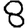
Digit: 8